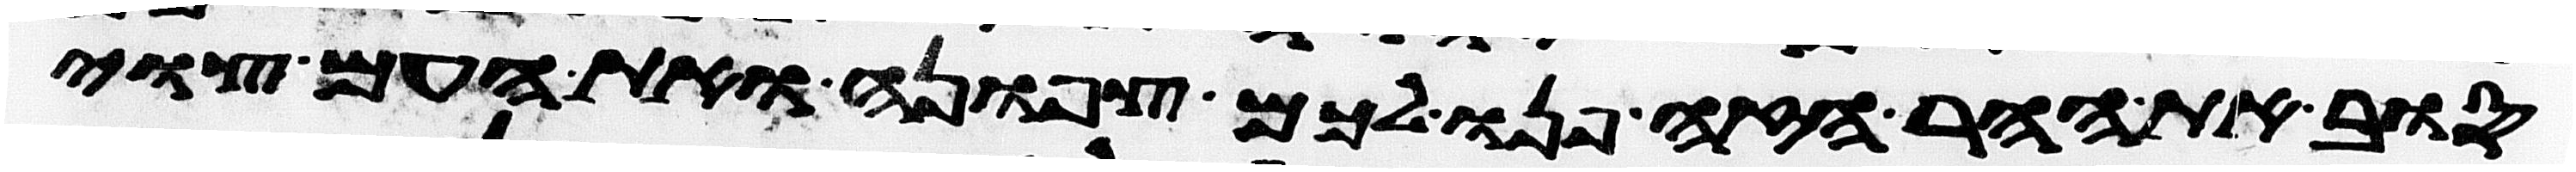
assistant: סוב את ההר הזה פנו לכם צפונה ואת העם צוי